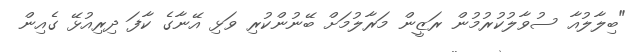
"ބިލާލުއާ ސުވާލުކުރުމުން ރަޒީން މަރާލުމަށް ބޭނުންކުރި ވަޅި އޭނާގެ ކާފަ ދިރިއުޅޭ ގެއިން